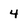
Character: 4